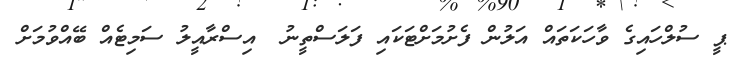
ޕީ ސުލްހައިގެ ވާހަކަތައް އަލުން ފެށުމަށްޓަކައި ފަލަސްތީނު  އިސްރާއީލު ސަމިޓެއް ބޭއްވުމަށް